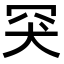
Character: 𦊅